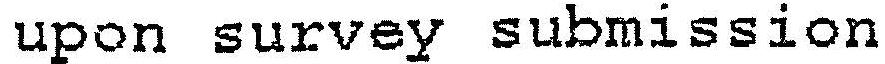
UPON SURVEY SUBMISSION